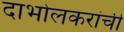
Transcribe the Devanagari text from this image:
दाभोलकरांची